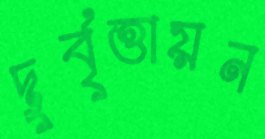
দুর্বৃত্তায়ন